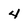
Character: 4